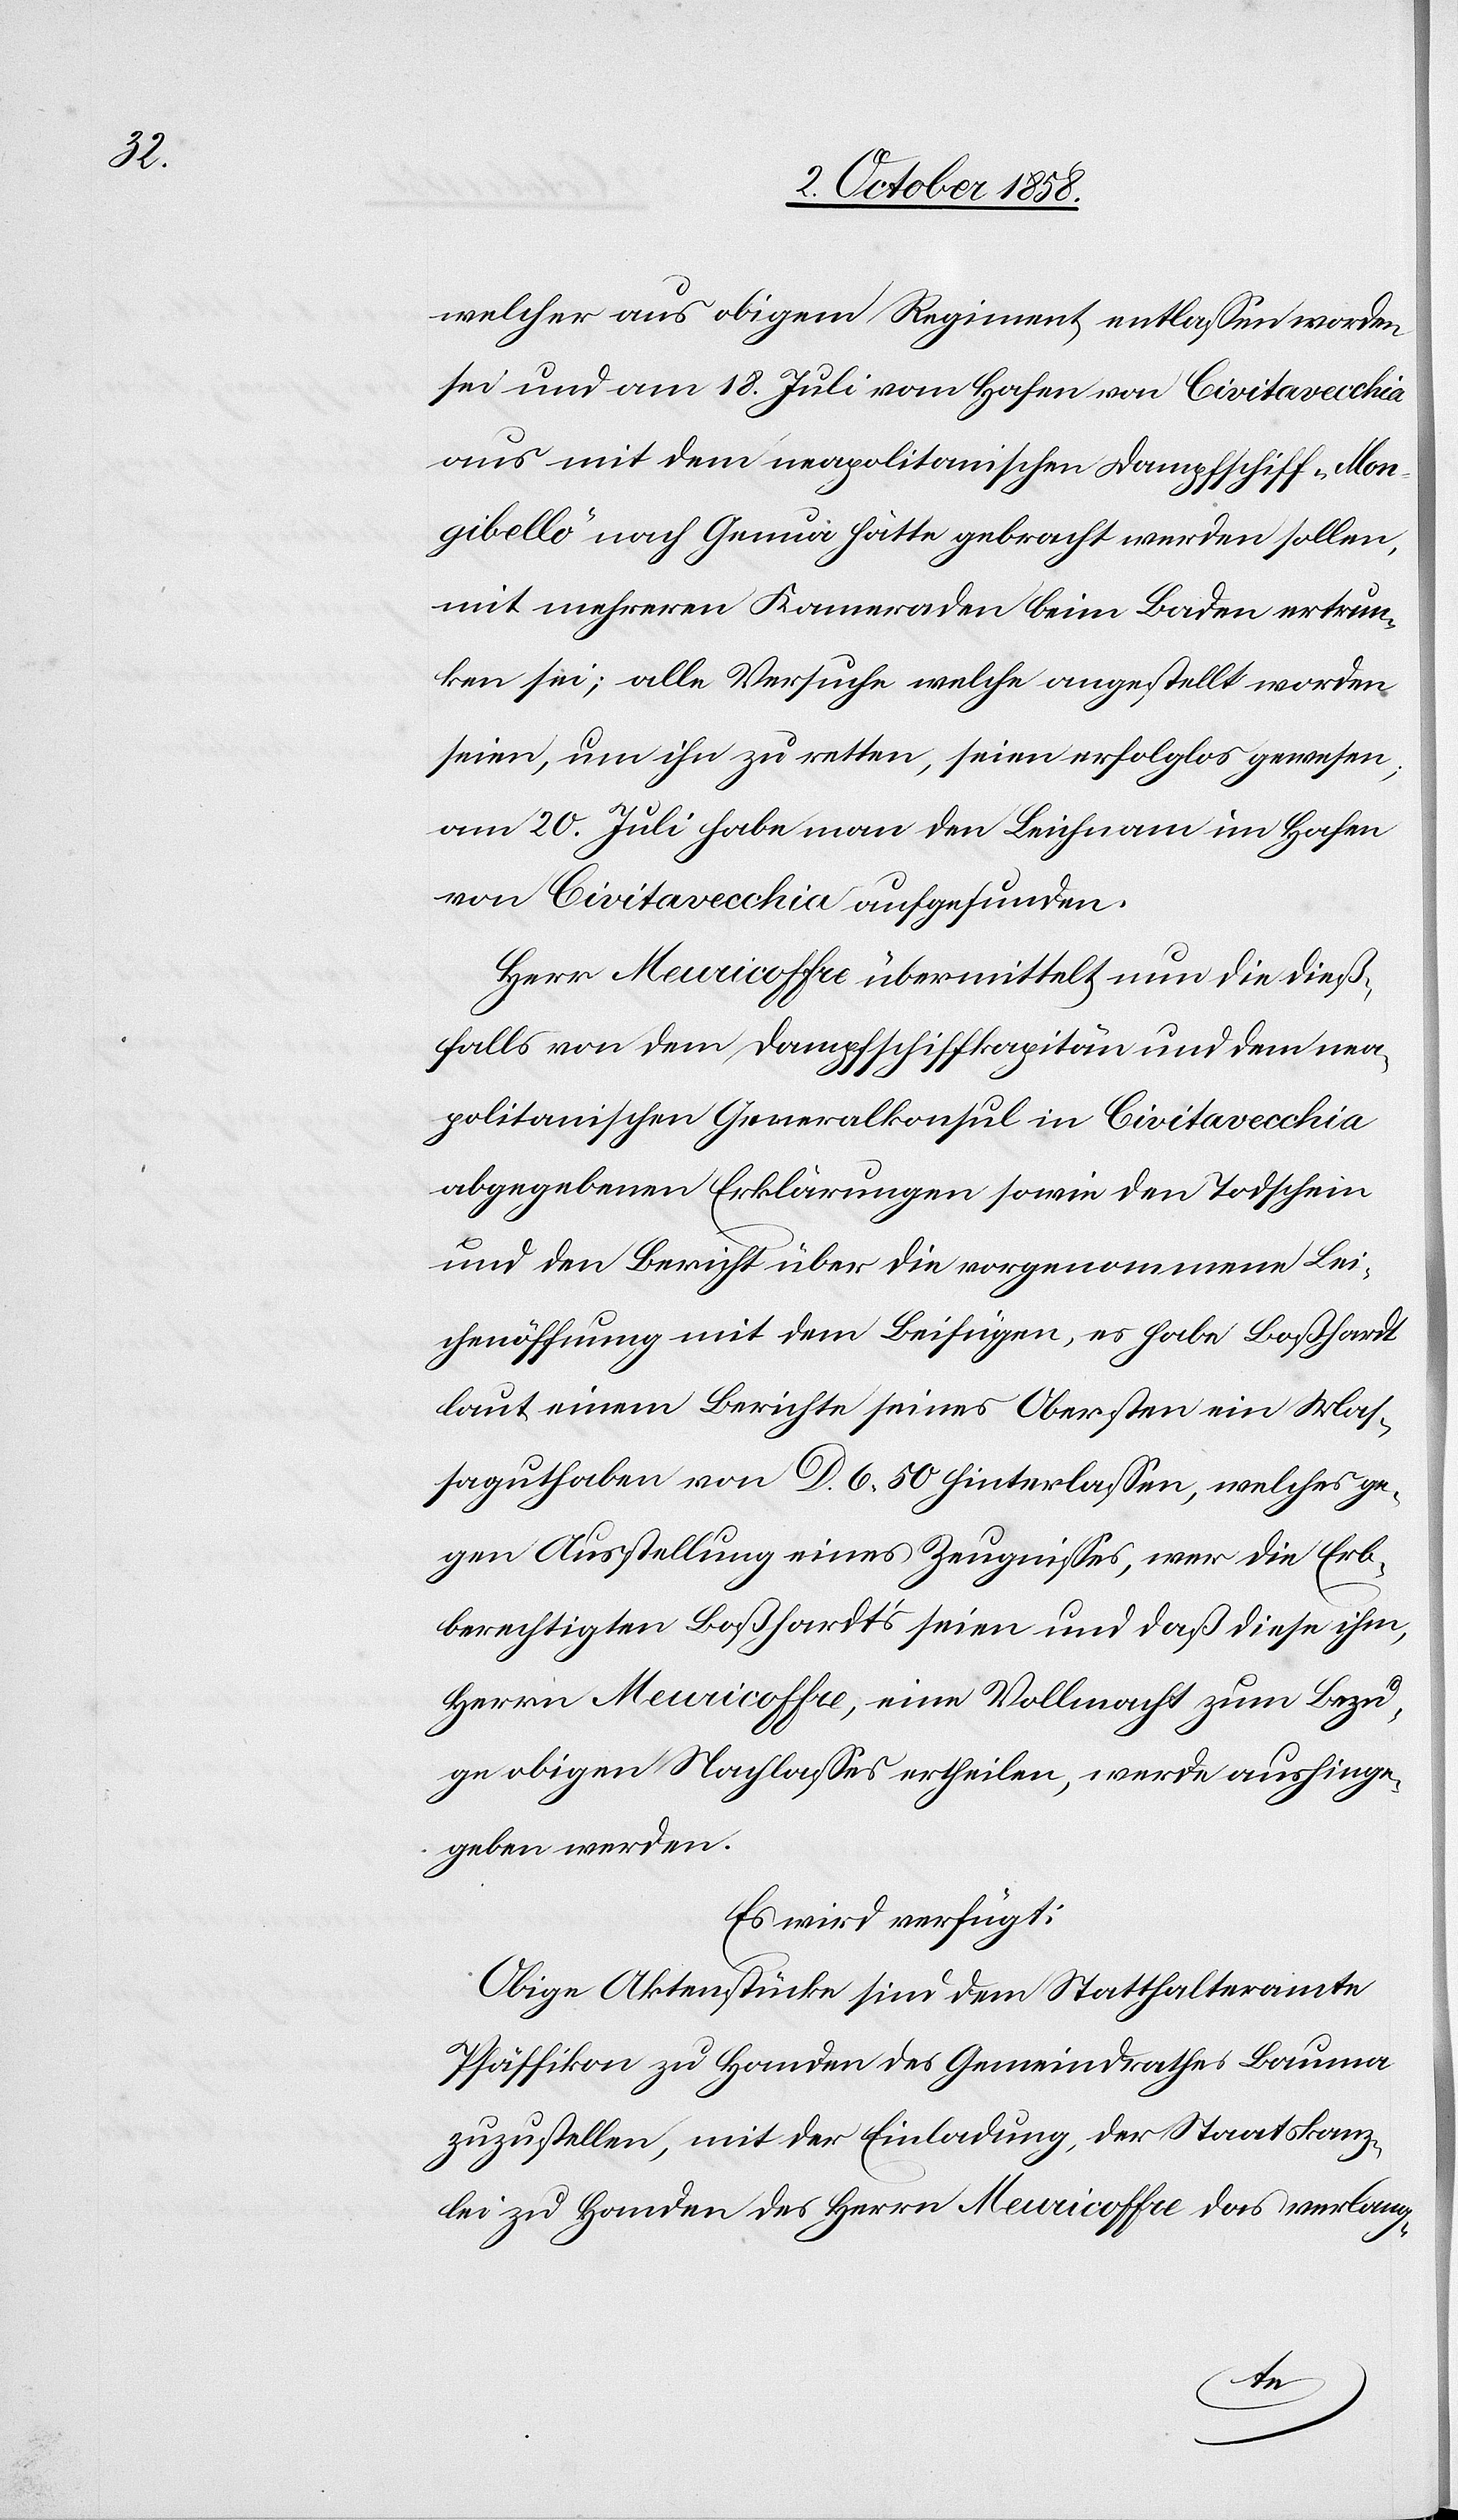
welcher aus obigem Regiment entlassen worden
sei und am 18. Juli vom Hafen von Civitavecchia
aus mit dem neapolitanischen Dampfschiff „Mon¬
gibello“ nach Genua hätte gebracht werden sollen,
mit mehreren Kameraden beim Baden ertrun¬
ken sei; alle Versuche welche angestellt worden
seien, um ihn zu retten, seien erfolglos gewesen;
am 20. Juli habe man den Leichnam im Hafen
von Civitavecchia aufgefunden.
Herr Meuricoffre übermittelt nun die dieß¬
falls von dem Dampfschiffkapitän und dem nea¬
politanischen Generalkonsul in Civitavecchia
abgegebenen Erklärungen sowie den Todschein
und den Bericht über die vorgenommene Lei¬
chenöffnung mit dem Beifügen, es habe Boßhardt
laut einem Berichte seines Obersten ein Mas¬
saguthaben von D. 6. 50 hinterlassen, welches ge¬
gen Ausstellung eines Zeugnisses, wer die Erb¬
berechtigten Boßhardt’s seien und daß diese ihm,
Herrn Meuricoffre, eine Vollmacht zum Bezu¬
ge obigen Nachlasses ertheilen, werde aushinge¬
geben werden.
Es wird verfügt:
Obige Aktenstücke sind dem Statthalteramte
Pfäffikon zu Handen des Gemeindrathes Bauma
zuzustellen, mit der Einladung, der Staatskanz¬
lei zu Handen des Herrn Meuricoffre das verlang-